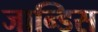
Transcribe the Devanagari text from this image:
जान्डिस